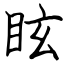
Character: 眩